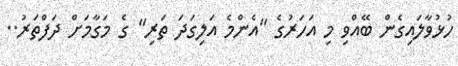
ހުޅުވާލައިގެން ބޭއްވި މި އަހަރުގެ "އެންމެ އަލިގަދަ ތަރި" ގެ މަގާމަށް ދަފްތަރު..